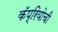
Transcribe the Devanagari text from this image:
कॅप्रियोची